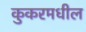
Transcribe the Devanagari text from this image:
कुकरमधील